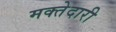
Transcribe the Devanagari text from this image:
मक्‍तेदारी